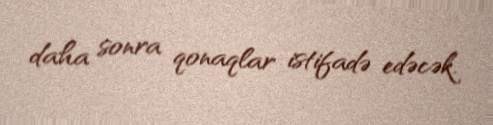
daha sonra qonaqlar istifadə edəcək.